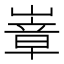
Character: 𭗍